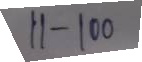
11 - 100